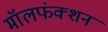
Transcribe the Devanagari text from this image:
मॉलफंक्शन